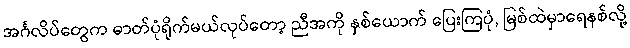
အင်္ဂလိပ်တွေက ဓာတ်ပုံရိုက်မယ်လုပ်တော့ ညီအကို နှစ်ယောက် ပြေးကြပုံ, မြစ်ထဲမှာရေနစ်လို့